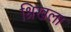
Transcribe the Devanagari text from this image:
श्रिखला